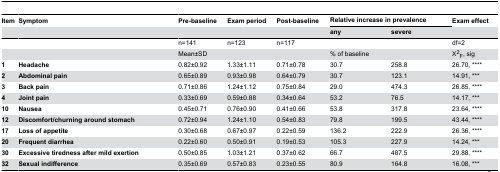
<table><thead><tr><td><b>Item</b></td><td><b>Symptom</b></td><td><b>Pre-baseline</b></td><td><b>Exam period</b></td><td><b>Post-baseline</b></td><td colspan="2"><b>Relative increase in prevalence</b></td><td><b>Exam effect</b></td></tr><tr><td>[EMPTY_CELL]</td><td>[EMPTY_CELL]</td><td>[EMPTY_CELL]</td><td>[EMPTY_CELL]</td><td>[EMPTY_CELL]</td><td><b>any</b></td><td><b>severe</b></td><td>[EMPTY_CELL]</td></tr></thead><tbody><tr><td>[EMPTY_CELL]</td><td>[EMPTY_CELL]</td><td>n=141</td><td>n=123</td><td>n=117</td><td colspan="2">[EMPTY_CELL]</td><td>df=2</td></tr><tr><td>[EMPTY_CELL]</td><td>[EMPTY_CELL]</td><td colspan="3">Mean±SD</td><td colspan="2">% of baseline</td><td>Χ<sup>2</sup><sub>F</sub>, sig</td></tr><tr><td><b>1</b></td><td><b>Headache</b></td><td>0.82±0.92</td><td>1.33±1.11</td><td>0.71±0.78</td><td>30.7</td><td>258.8</td><td>26.70, ****</td></tr><tr><td><b>2</b></td><td><b>Abdominal pain</b></td><td>0.65±0.89</td><td>0.93±0.98</td><td>0.64±0.79</td><td>30.7</td><td>123.1</td><td>14.91, ***</td></tr><tr><td><b>3</b></td><td><b>Back pain</b></td><td>0.71±0.86</td><td>1.24±1.12</td><td>0.75±0.84</td><td>29.0</td><td>474.3</td><td>26.85, ****</td></tr><tr><td><b>4</b></td><td><b>Joint pain</b></td><td>0.33±0.69</td><td>0.59±0.88</td><td>0.34±0.64</td><td>53.2</td><td>76.5</td><td>14.17, ***</td></tr><tr><td><b>10</b></td><td><b>Nausea</b></td><td>0.45±0.71</td><td>0.76±0.90</td><td>0.41±0.66</td><td>53.8</td><td>317.8</td><td>23.64, ****</td></tr><tr><td><b>12</b></td><td><b>Discomfort/churning around stomach</b></td><td>0.72±0.94</td><td>1.24±1.10</td><td>0.54±0.83</td><td>79.8</td><td>199.5</td><td>43.44, ****</td></tr><tr><td><b>17</b></td><td><b>Loss of appetite</b></td><td>0.30±0.68</td><td>0.67±0.97</td><td>0.22±0.59</td><td>136.2</td><td>222.9</td><td>26.36, ****</td></tr><tr><td><b>20</b></td><td><b>Frequent diarrhea</b></td><td>0.22±0.60</td><td>0.50±0.91</td><td>0.19±0.53</td><td>105.3</td><td>227.9</td><td>14.24, ***</td></tr><tr><td><b>30</b></td><td><b>Excessive tiredness after mild exertion</b></td><td>0.50±0.85</td><td>1.03±1.21</td><td>0.37±0.62</td><td>66.7</td><td>487.5</td><td>29.88, ****</td></tr><tr><td><b>32</b></td><td><b>Sexual indifference</b></td><td>0.35±0.69</td><td>0.57±0.83</td><td>0.23±0.55</td><td>80.9</td><td>164.8</td><td>16.08, ***</td></tr></tbody></table>